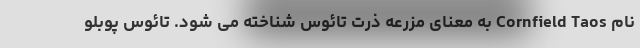
نام Cornfield Taos به معنای مزرعه ذرت تائوس شناخته می شود. تائوس پوبلو